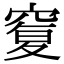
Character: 𥦸